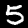
Digit: 5